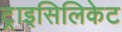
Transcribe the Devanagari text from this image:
ट्राइसिलिकेट